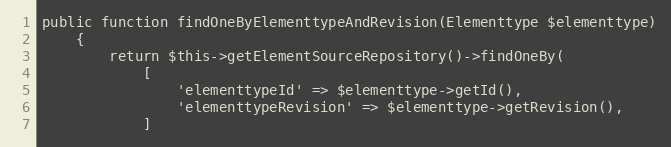
Language: PHP
public function findOneByElementtypeAndRevision(Elementtype $elementtype)
    {
        return $this->getElementSourceRepository()->findOneBy(
            [
                'elementtypeId' => $elementtype->getId(),
                'elementtypeRevision' => $elementtype->getRevision(),
            ]